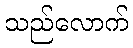
သည်လောက်